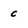
Character: c